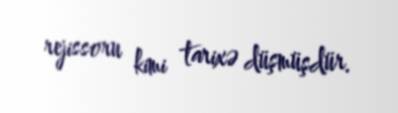
rejissoru kimi tarixə düşmüşdür.